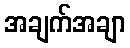
အချက်အချာ